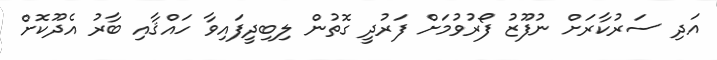
އަދި ސަރުކާރަށް ނުފޫޒު ފޯރުވުމަށް ފަރުދީ ގޮތުން ލިބިދީފައިވާ ހައްޤާއި ބާރު އެދޫކޮށް